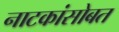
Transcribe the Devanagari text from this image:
नाटकांसोबत